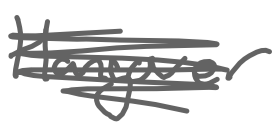
Text: Hangover
Cross-out: mix
Writing tool: digital_gray